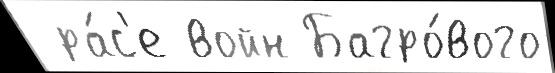
 ра́с'е войн Багро́вого